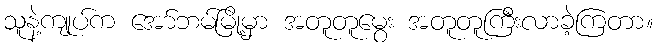
သူနဲ့ကျုပ်က အော်ဘမ်မြို့မှာ အတူတူမွေး အတူတူကြီးလာခဲ့ကြတာ။